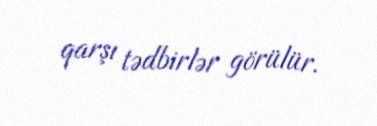
qarşı tədbirlər görülür.